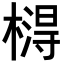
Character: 𣙵